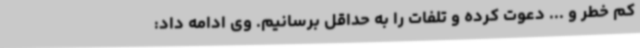
کم خطر و ... دعوت کرده و تلفات را به حداقل برسانیم. وی ادامه داد: